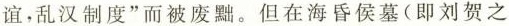
谊，乱汉制度”而被废黜。但在海昏侯墓(即刘贺之